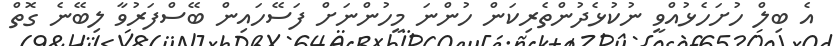
އެ ބިލް ހުށަހެޅުއްވީ ނުކުޅެދުންތެރިކަން ހުންނަ މީހުންނަށް ފަސޭހައިން ބޭސްފަރުވާ ލިބޭނެ ގޮތް